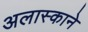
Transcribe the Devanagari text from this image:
अलास्काने